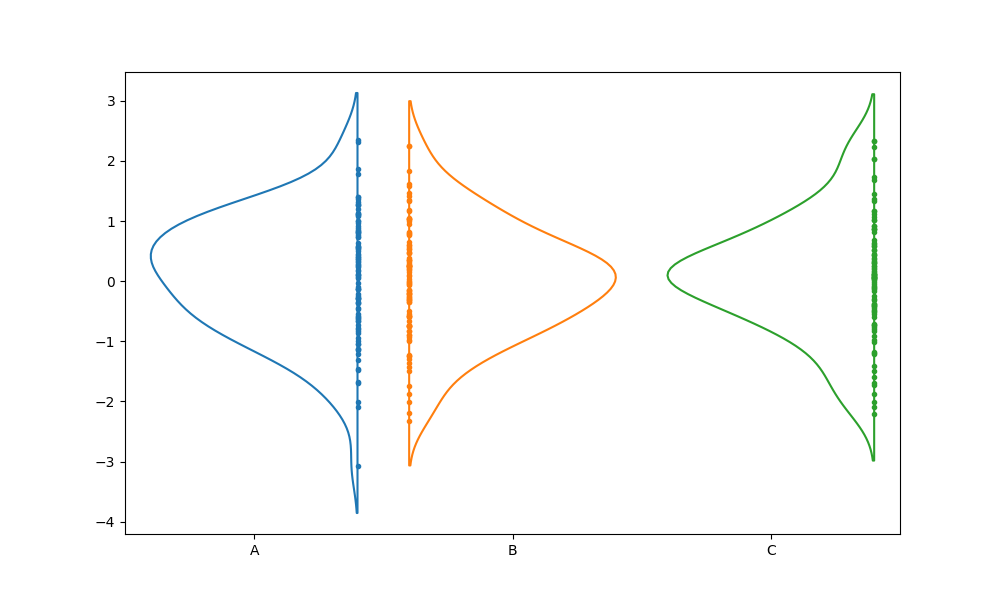
python, seaborn, violinplot, scale='area', split='True', inner='point', fill='False'